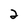
Character: 2